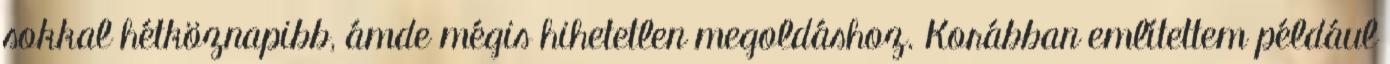
sokkal hétköznapibb, ámde mégis hihetetlen megoldáshoz. Korábban említettem például